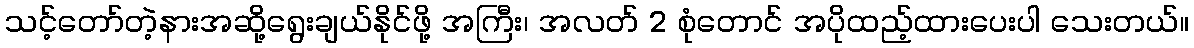
သင့်တော်တဲ့နားအဆို့ရွေးချယ်နိုင်ဖို့ အကြီး၊ အလတ် 2 စုံတောင် အပိုထည့်ထားပေးပါ သေးတယ်။